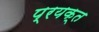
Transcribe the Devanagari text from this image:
प्रयक्त